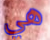
هي